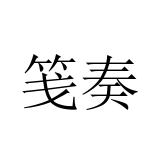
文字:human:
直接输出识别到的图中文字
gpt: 笺奏